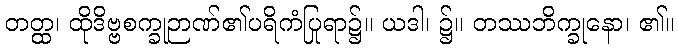
တတ္ထ၊ ထိုဒိဗ္ဗစက္ခုဉာဏ်၏ပရိကံပြုရာ၌။ ယဒါ၊ ၌။ တဿဘိက္ခုနော၊ ၏။